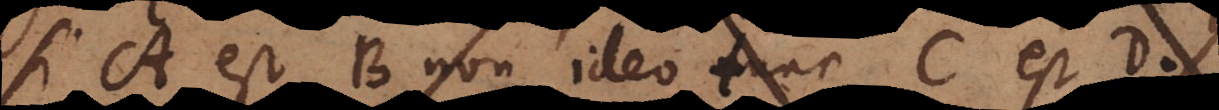
si A est B tunc C est D.